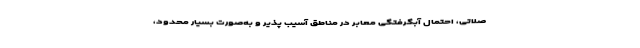
صلاتی، احتمال آبگرفتگی معابر در مناطق آسیب پذیر و به‌صورت بسیار محدود،